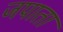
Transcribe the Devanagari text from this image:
जपाता